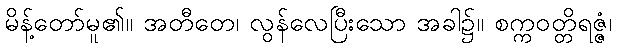
မိန့်တော်မူ၏။ အတီတေ၊ လွန်လေပြီးသော အခါ၌။ စက္ကဝတ္တိရဇ္ဇံ၊